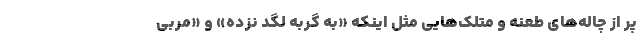
پر از چاله‌های طعنه و متلک‌هایی مثل اینکه «به گربه لگد نزده» و «مربی